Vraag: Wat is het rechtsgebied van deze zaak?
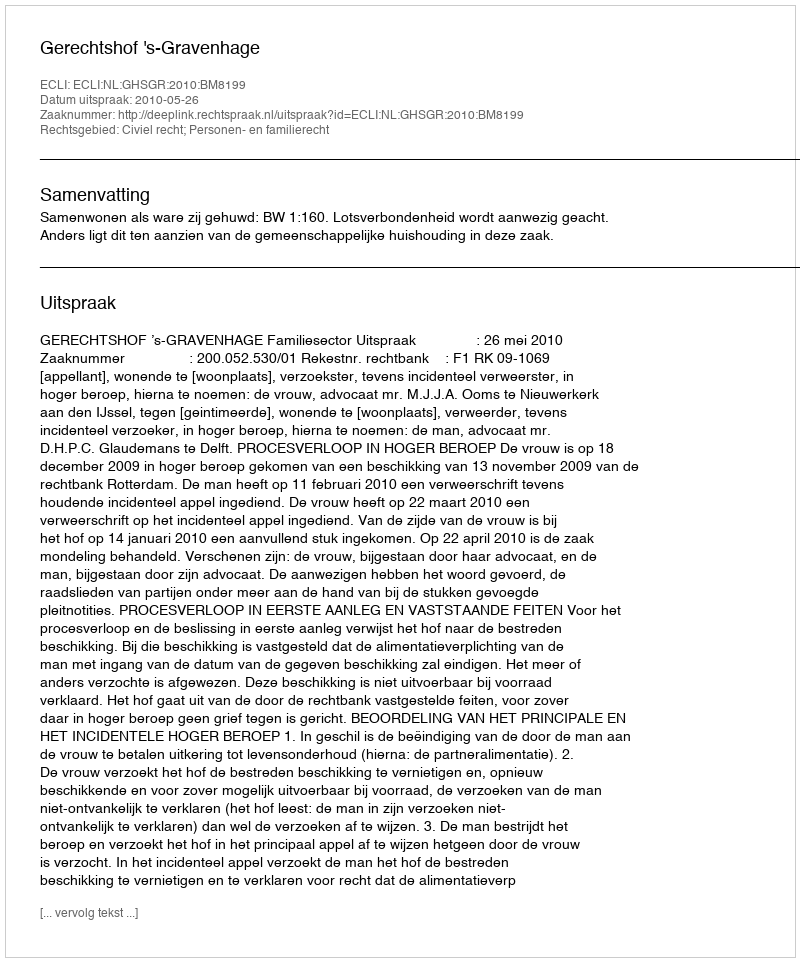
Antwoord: Civiel recht; Personen- en familierecht